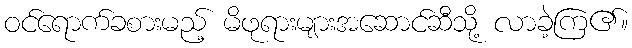
ဝင်ရောက်ခစားမည့် မိဖုရားများအဆောင်ဆီသို့ လာခဲ့ကြ၏။